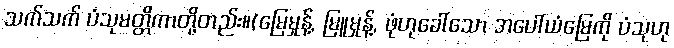
သက်သက် ပံသုမတ္တိကာတို့တည်း။(မြေမှုန့်, မြူမှုန့်, ဖုံဟုခေါ်သော အပေါ်ယံမြေကို ပံသုဟု